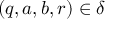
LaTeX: ( q , a , b , r ) \in \delta